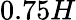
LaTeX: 0.75H